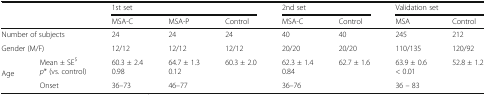
<table><thead><tr><td rowspan="2" colspan="2"></td><td colspan="3"><b>1st set</b></td><td colspan="2"><b>2nd set</b></td><td colspan="2"><b>Validation set</b></td></tr><tr><td><b>MSA-C</b></td><td><b>MSA-P</b></td><td><b>Control</b></td><td><b>MSA-C</b></td><td><b>Control</b></td><td><b>MSA</b></td><td><b>Control</b></td></tr></thead><tbody><tr><td colspan="2">Number of subjects</td><td>24</td><td>24</td><td>24</td><td>40</td><td>40</td><td>245</td><td>212</td></tr><tr><td colspan="2">Gender (M/F)</td><td>12/12</td><td>12/12</td><td>12/12</td><td>20/20</td><td>20/20</td><td>110/135</td><td>120/92</td></tr><tr><td rowspan="2">Age</td><td>Mean ± SE<sup>$</sup><i>p</i>* (vs. control)</td><td>60.3 ± 2.40.98</td><td>64.7 ± 1.30.12</td><td>60.3 ± 2.0</td><td>62.3 ± 1.40.84</td><td>62.7 ± 1.6</td><td>63.9 ± 0.6&lt; 0.01</td><td>52.8 ± 1.2</td></tr><tr><td>Onset</td><td>36–73</td><td>46–77</td><td></td><td>36–76</td><td></td><td>36 – 83</td><td></td></tr></tbody></table>